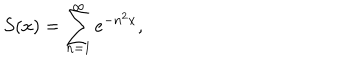
S ( x ) = \sum _ { n = 1 } ^ { \infty } e ^ { - n ^ { 2 } x } ,